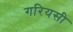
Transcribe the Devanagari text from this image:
गरियसी